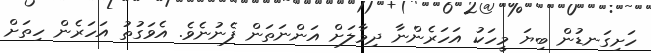
ހަށިގަނޑުން ބިޔަ މީހަކު އަހަރެންނާ ދިމާލަށް އަންނަތަން ފެނުނެވެ. އެވަގުތު އަހަރެން ހިތަށް